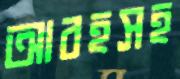
আবহসহ